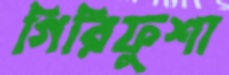
গিরিফুশা